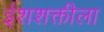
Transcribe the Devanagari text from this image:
ईशशक्तीला